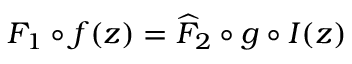
F _ { 1 } \circ f ( z ) = \widehat { F } _ { 2 } \circ g \circ I ( z )